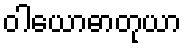
ဝါယောဓာတုယာ